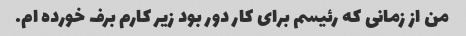
من از زمانی که رئیسم برای کار دور بود زیر کارم برف خورده ام.